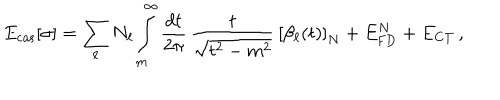
LaTeX: E _ { \mathrm { c a s } } [ \sigma ] = \sum _ { \ell } N _ { \ell } \int _ { m } ^ { \infty } \frac { d t } { 2 \pi } \, \frac { t } { \sqrt { t ^ { 2 } - m ^ { 2 } } } \, \left[ \beta _ { \ell } ( t ) \right] _ { N } + E _ { \mathrm { F D } } ^ { N } + E _ { \mathrm { C T } } \, ,